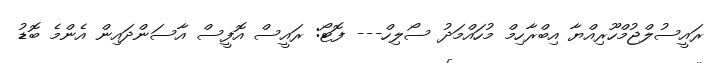
ރައީސުލްޖުމްހޫރިއްޔާ އިބްރާހިމް މުހައްމަދު ސޯލިހް--- ފޮޓޯ: ރައީސް އޮފީސް އާސަންދައިން އެންމެ ބޮޑު